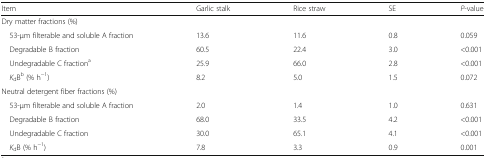
| Item | Garlic stalk | Rice straw | SE | P-value |
 | --- | --- | --- | --- | --- |
 | <COLSPAN=5> Dry matter fractions (%) |
 | 53-μm filterable and soluble A fraction | 13.6 | 11.6 | 0.8 | 0.059 |
 | Degradable B fraction | 60.5 | 22.4 | 3.0 | <0.001 |
 | Undegradable C fractiona | 25.9 | 66.0 | 2.8 | <0.001 |
 | KdBb (% h−1) | 8.2 | 5.0 | 1.5 | 0.072 |
 | <COLSPAN=5> Neutral detergent fiber fractions (%) |
 | 53-μm filterable and soluble A fraction | 2.0 | 1.4 | 1.0 | 0.631 |
 | Degradable B fraction | 68.0 | 33.5 | 4.2 | <0.001 |
 | Undegradable C fraction | 30.0 | 65.1 | 4.1 | <0.001 |
 | KdB (% h−1) | 7.8 | 3.3 | 0.9 | 0.001 |